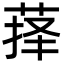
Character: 萚